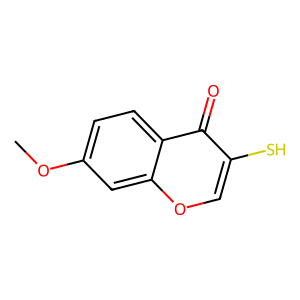
SMILES: COc1ccc2c(=O)c(S)coc2c1
Inhibits HIV replication: No